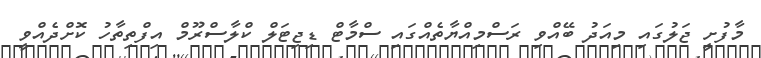
މާފުށީ ޖަލުގައި މިއަދު ބޭއްވި ރަސްމިއްޔާތެއްގައި ސްމާޓް ޑިޖިޓަލް ކްލާސްރޫމް އިފްތިތާހު ކޮށްދެއްވީ